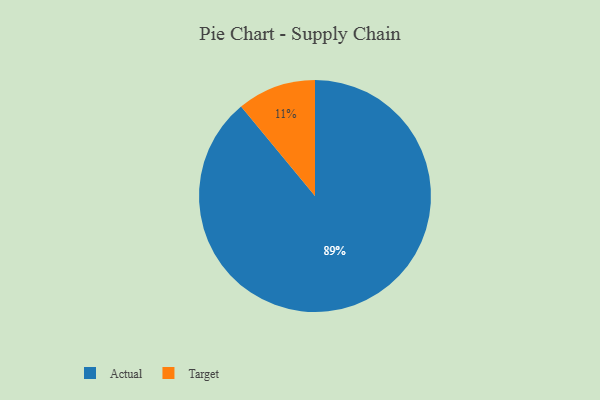
{"axis": {"x": "Category", "y": "Percentage"}, "legend": ["Actual", "Target"], "data": [{"x": "Actual", "y": 89, "type": "Actual"}, {"x": "Target", "y": 11, "type": "Target"}]}